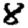
Digit: 8